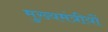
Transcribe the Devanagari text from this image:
मुख्यमंत्रीयों